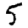
Digit: 5